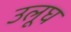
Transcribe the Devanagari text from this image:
उलूघ